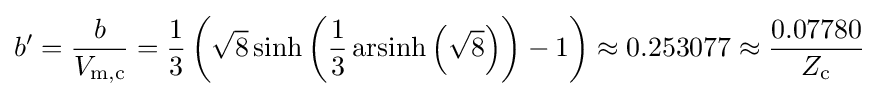
b'={\frac {b}{V_{{\text{m}},{\text{c}}}}}={\frac {1}{3}}\left({\sqrt {8}}\sinh \left({\frac {1}{3}}\operatorname {arsinh} \left({\sqrt {8}}\right)\right)-1\right)\approx 0.253077\approx {\frac {0.07780}{Z_{\text{c}}}}